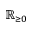
\mathbb { R } _ { \geq 0 }